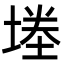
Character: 堘